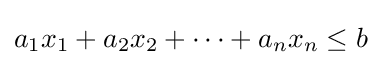
a_{1}x_{1}+a_{2}x_{2}+\cdots +a_{n}x_{n}\leq b